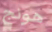
هونج